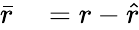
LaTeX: \begin{array}{rl}{\bar{r}}&{{}=r-\hat{r}}\end{array}